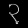
Digit: ၃